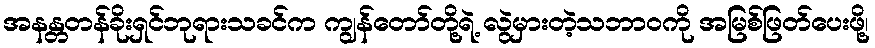
အနန္တတန်ခိုးရှင်ဘုရားသခင်က ကျွန်တော်တို့ရဲ့ လွဲမှားတဲ့သဘာဝကို အမြစ်ဖြတ်ပေးဖို့၊